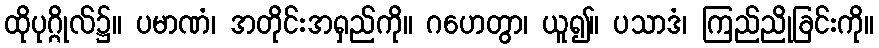
ထိုပုဂ္ဂိုလ်၌။ ပမာဏံ၊ အတိုင်းအရှည်ကို။ ဂဟေတွာ၊ ယူ၍။ ပသာဒံ၊ ကြည်ညိုခြင်းကို။